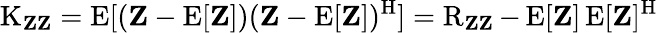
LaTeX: \operatorname{K}_{\mathbf{Z}\mathbf{Z}}=\operatorname{E}[(\mathbf{Z}-\operatorname{E}[\mathbf{Z}])(\mathbf{Z}-\operatorname{E}[\mathbf{Z}])^{\mathrm{{H}}}]=\operatorname{R}_{\mathbf{Z}\mathbf{Z}}-\operatorname{E}[\mathbf{Z}]\operatorname{E}[\mathbf{Z}]^{\mathrm{{H}}}